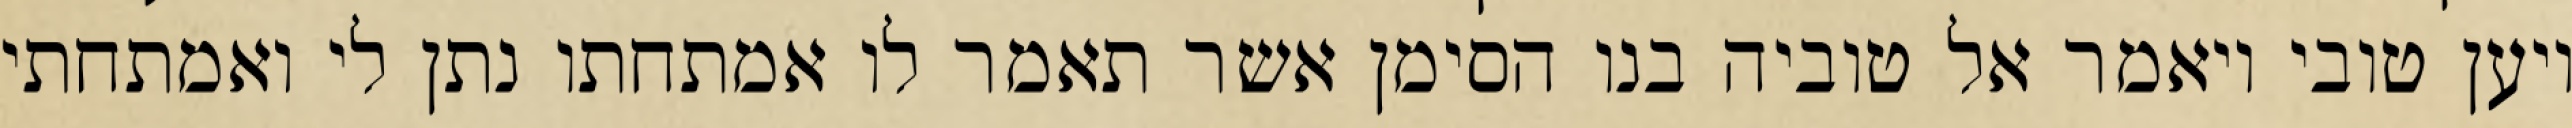
ויען טובי ויאמר אל טוביה בנו הסימן אשר תאמר לו אמתחתו נתן לי ואמתחתי